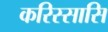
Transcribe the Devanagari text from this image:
करिस्सासि